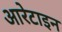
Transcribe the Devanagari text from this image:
आरेटाइन